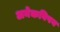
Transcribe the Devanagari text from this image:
अनेकविषय